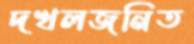
দখলজনিত